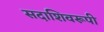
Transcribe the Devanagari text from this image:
सदाशिवरूपी